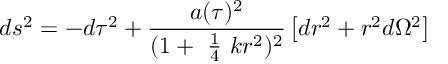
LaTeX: d s ^ { 2 } = - d \tau ^ { 2 } + \frac { a ( \tau ) ^ { 2 } } { ( 1 + \mathrm { ~ \frac { 1 } { 4 } ~ } k r ^ { 2 } ) ^ { 2 } } \left[ d r ^ { 2 } + r ^ { 2 } d \Omega ^ { 2 } \right]